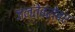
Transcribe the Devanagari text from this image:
जनतेबरोबर